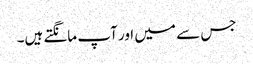
جس سے میں اور آپ مانگتے ہیں۔